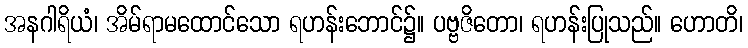
အနဂါရိယံ၊ အိမ်ရာမထောင်သော ရဟန်းဘောင်၌။ ပဗ္ဗဇိတော၊ ရဟန်းပြုသည်။ ဟောတိ၊